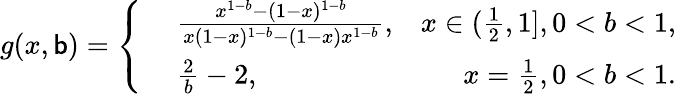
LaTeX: g(x,\mathsf{b})=\left\{ \begin{array}{rlr}{~}&{{}\frac{x^{1-b}-(1-x)^{1-b}}{x(1-x)^{1-b}-(1-x)x^{1-b}},}&{x\in(\frac{1}{2},1],0<b<1,}\\ {~}&{{}\frac{2}{b}-2,}&{x=\frac{1}{2},0<b<1.}\end{array}\right.